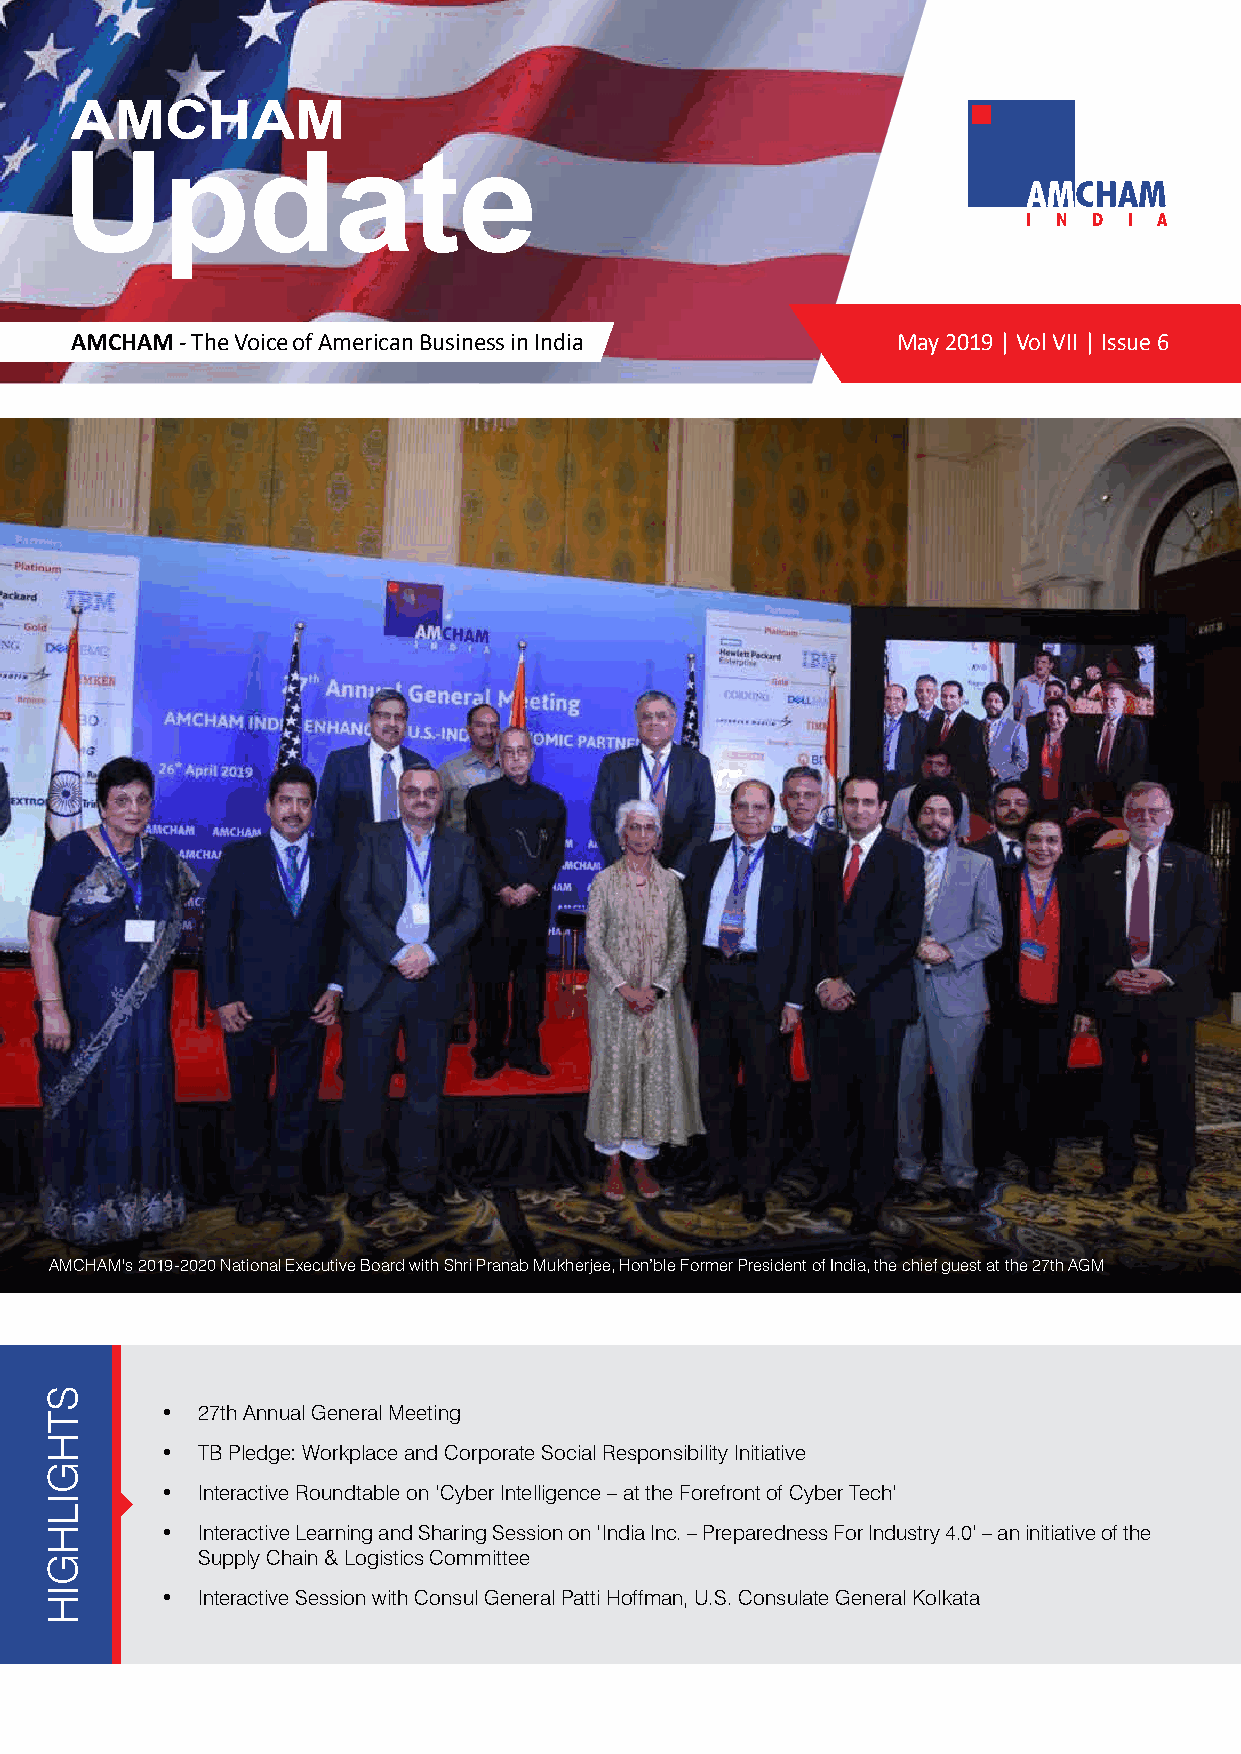
AMCHAM
 Update
 AMCHAM - The Voice of American Business in India      May 2019 | Vol VII | Issue 6
 AMCHAM's 2019-2020 National Executive Board with Shri Pranab Mukherjee, Hon’ble Former President of India, the chief guest at the 27th AGM
 • 27th Annual General Meeting
 • TB Pledge: Workplace and Corporate Social Responsibility Initiative
 • Interactive Roundtable on ‘Cyber Intelligence – at the Forefront of Cyber Tech’
 • Interactive Learning and Sharing Session on ‘India Inc. – Preparedness For Industry 4.0’ – an initiative of the
 Supply Chain & Logistics Committee
 • Interactive Session with Consul General Patti Hoffman, U.S. Consulate General Kolkata
 STHGILHGIH